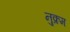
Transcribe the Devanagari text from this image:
नुक्रम